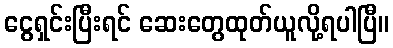
ငွေရှင်းပြီးရင် ဆေးတွေထုတ်ယူလို့ရပါပြီ။